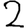
Digit: 2